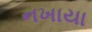
નખાયા